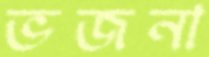
ভজনা